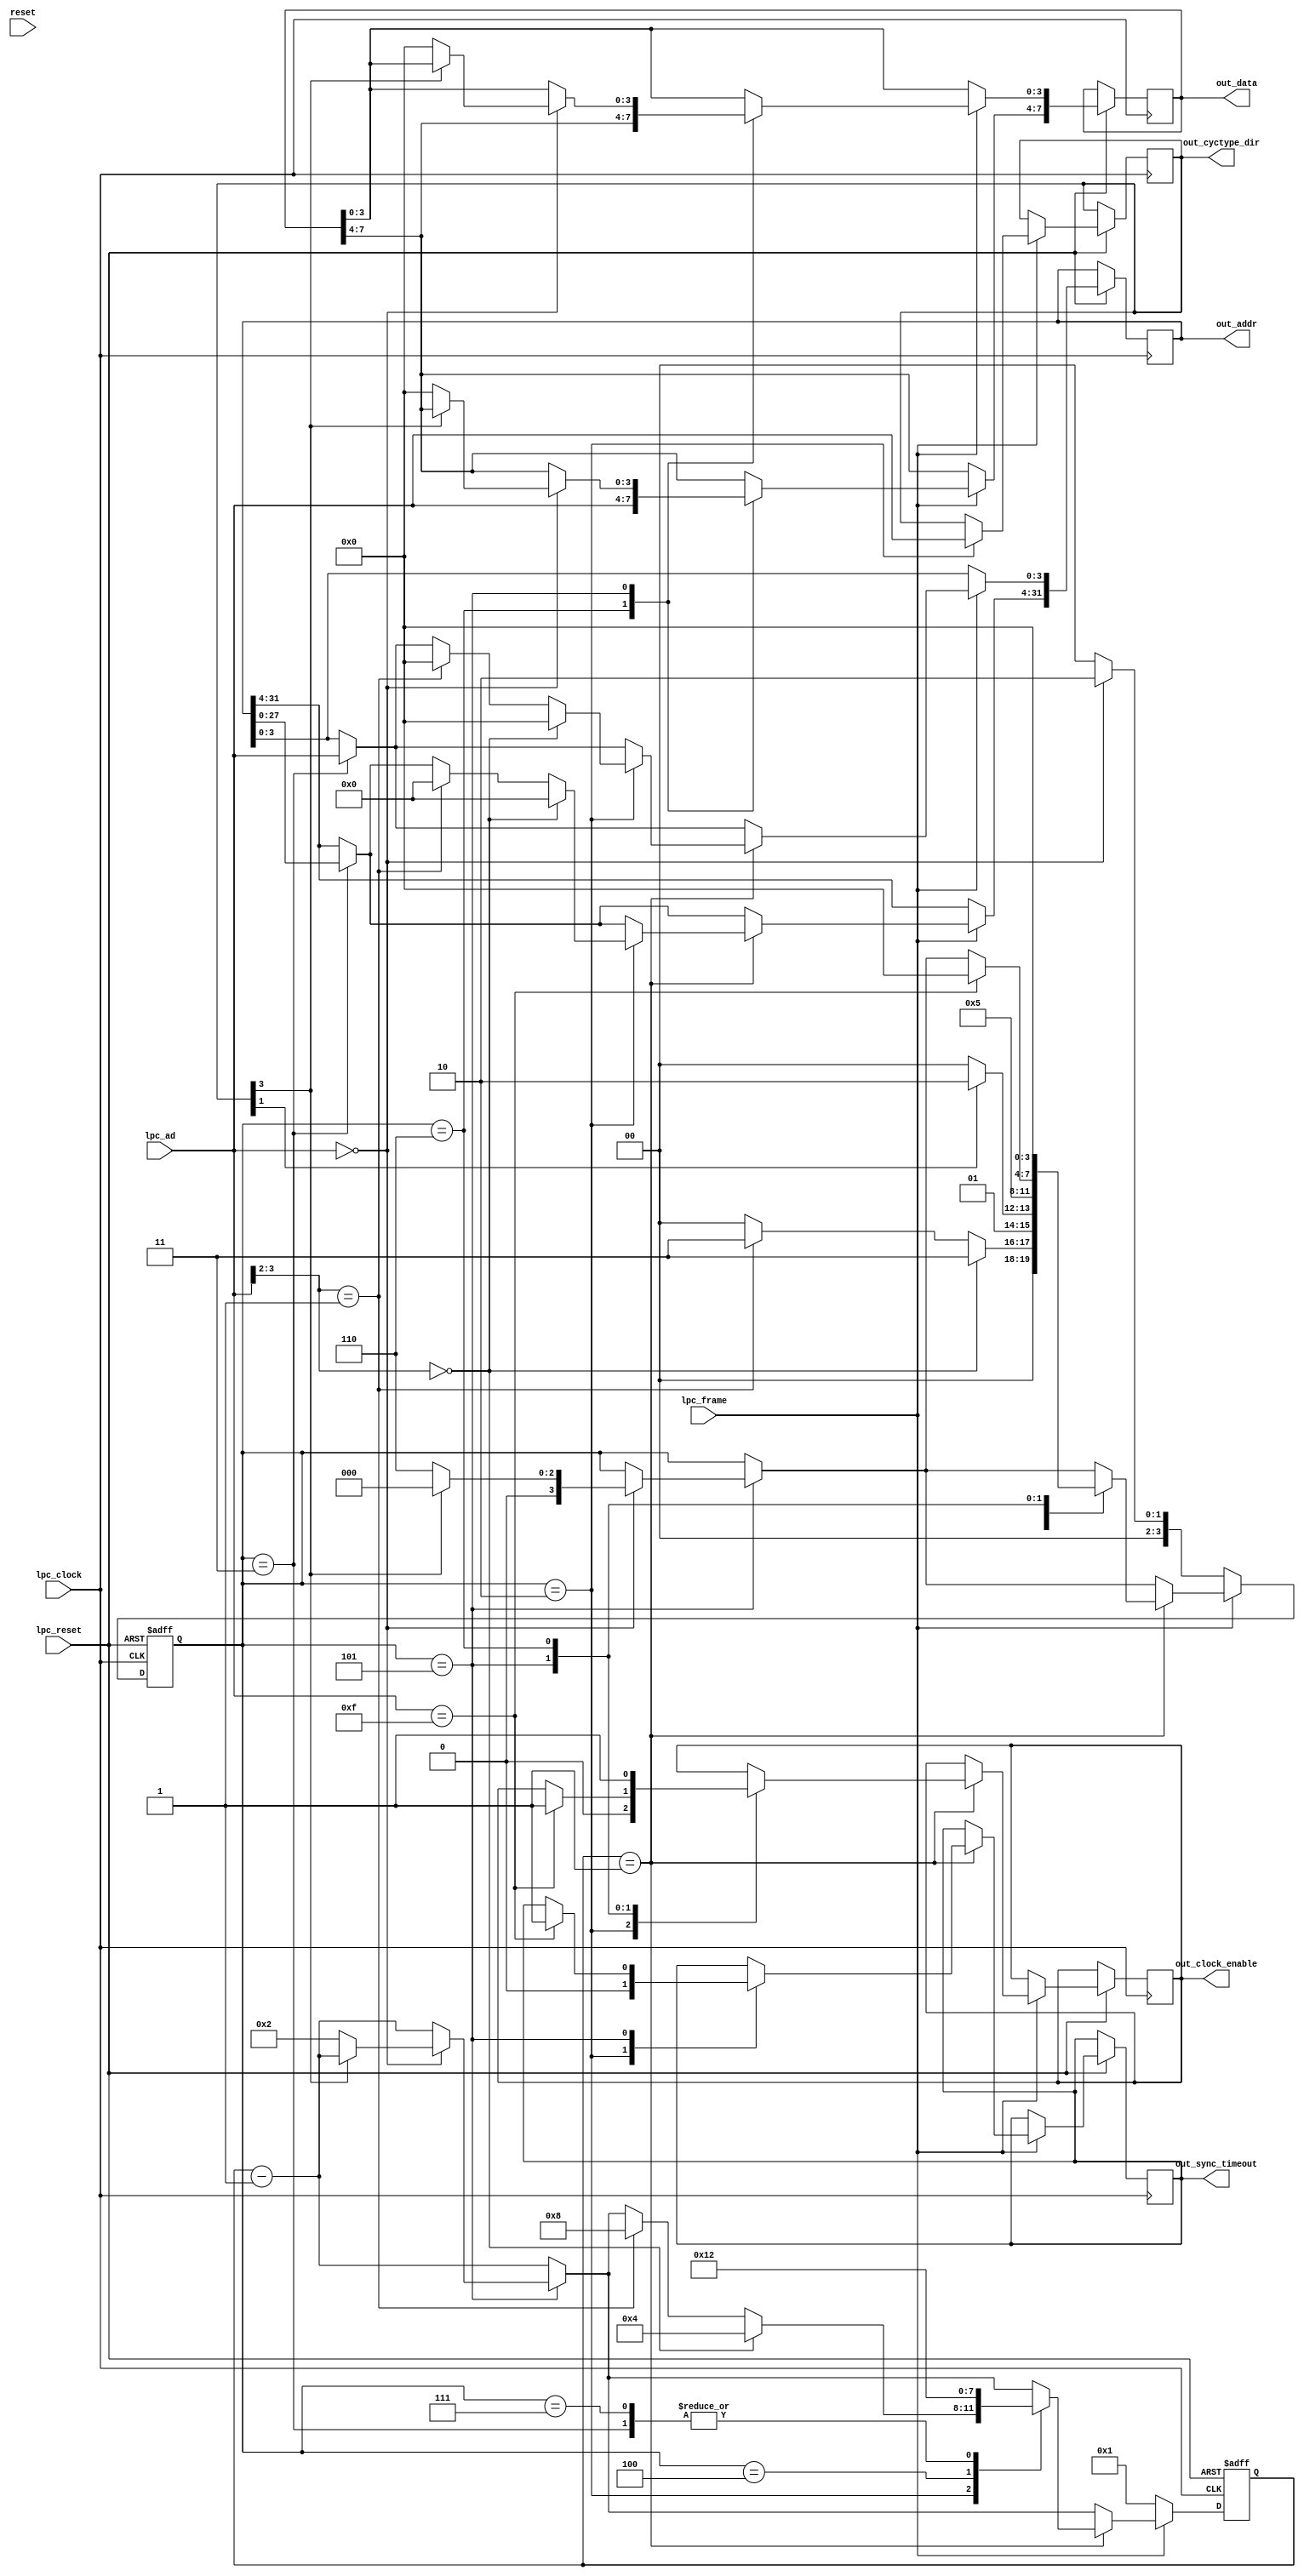
module lpc(
	input [3:0] lpc_ad,
	input lpc_clock,
	input lpc_frame,
	input lpc_reset,
	input reset,
	output [3:0] out_cyctype_dir,
	output [31:0] out_addr,
	output [7:0] out_data,
	output out_sync_timeout,
	output reg out_clock_enable);

	/* type and direction. same as in LPC Spec 1.1 */

	/* addr + data written or read */

	/* state machine */
	reg [3:0] state = 0;
	localparam idle = 0, start = 1, cycle_dir = 2, address = 3, tar = 4, sync = 5, read_data = 6, abort = 7;

	/* counter used by some states */
	reg [3:0] counter;

	/* mode + direction. same as in LPC Spec 1.1 */
	reg [3:0] cyctype_dir;

	reg [31:0] addr;
	reg [7:0] data;

	always @(negedge lpc_clock or negedge lpc_reset) begin
		if (~lpc_reset) begin
			state <= idle;
			counter <= 1;
		end
		else begin
			if (~lpc_frame) begin
				counter <= 1;

				if (lpc_ad == 4'b0000) /* start condition */
					state <= cycle_dir;
				else
					state <= idle; /* abort */
            end else begin
                counter <= counter - 1;

                case (state)
                cycle_dir:
                    cyctype_dir <= lpc_ad;

                address: begin
                    addr[31:4] <= addr[27:0];
                    addr[3:0] <= lpc_ad;
                end

                read_data: begin
                    data[7:4] <= lpc_ad;
                    data[3:0] <= data[7:4];
                end

		sync: begin
			if (lpc_ad == 4'b0000)
				if (cyctype_dir[3] == 0) begin /* i/o or memory */
					state <= read_data;
					data <= 0;
					counter <= 2;
				end else
					state <= idle; /* unsupported dma or reserved */
			end

                default:
                    begin end
                endcase
				if (counter == 1) begin
					case (state)
					idle: begin end

					cycle_dir: begin
						out_clock_enable <= 0;
						out_sync_timeout <= 0;

						if (lpc_ad[3:2] == 2'b00) begin /* i/o */
							state <= address;
							counter <= 4;
							addr <= 0;
						end
						else if (lpc_ad[3:2] == 2'b01) begin /* memory */
							state <= address;
							counter <= 8;
							addr <= 0;
						end else begin /* dma or reserved not yet supported */
							state <= idle;
						end
					end

					address: begin
						if (cyctype_dir[1]) /* write memory or i/o */
							state <= read_data;
						else /* read memory or i/o */
							state <= tar;
						counter <= 2;
					end

					tar: begin
						state <= sync;
						counter <= 1;
					end

					sync: begin
						if (lpc_ad == 4'b1111) begin
							out_sync_timeout <= 1;
							out_clock_enable <= 1;
							state <= idle;
						end
					end

					read_data: begin
						out_clock_enable <= 1;
						state <= idle;
					end

					/* todo: missing TAR after read_data */

					abort: counter <= 2;
					endcase
				end
			end
		end
	end

	assign out_cyctype_dir = cyctype_dir;
	assign out_data = data;
	assign out_addr = addr;
endmodule